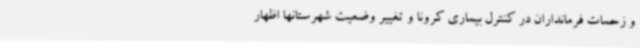
و زحمات فرمانداران در کنترل بیماری کرونا و تغییر وضعیت شهرستانها اظهار